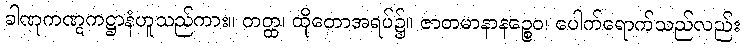
ခါဏုကဏ္ဋကဋ္ဌာနံဟူသည်ကား။ တတ္ထ၊ ထိုတောအရပ်၌။ ဇာတမာနာနဉ္စေဝ၊ ပေါက်ရောက်သည်လည်း